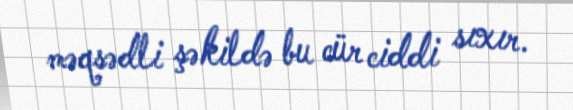
məqsədli şəkildə bu cür ciddi sıxır.